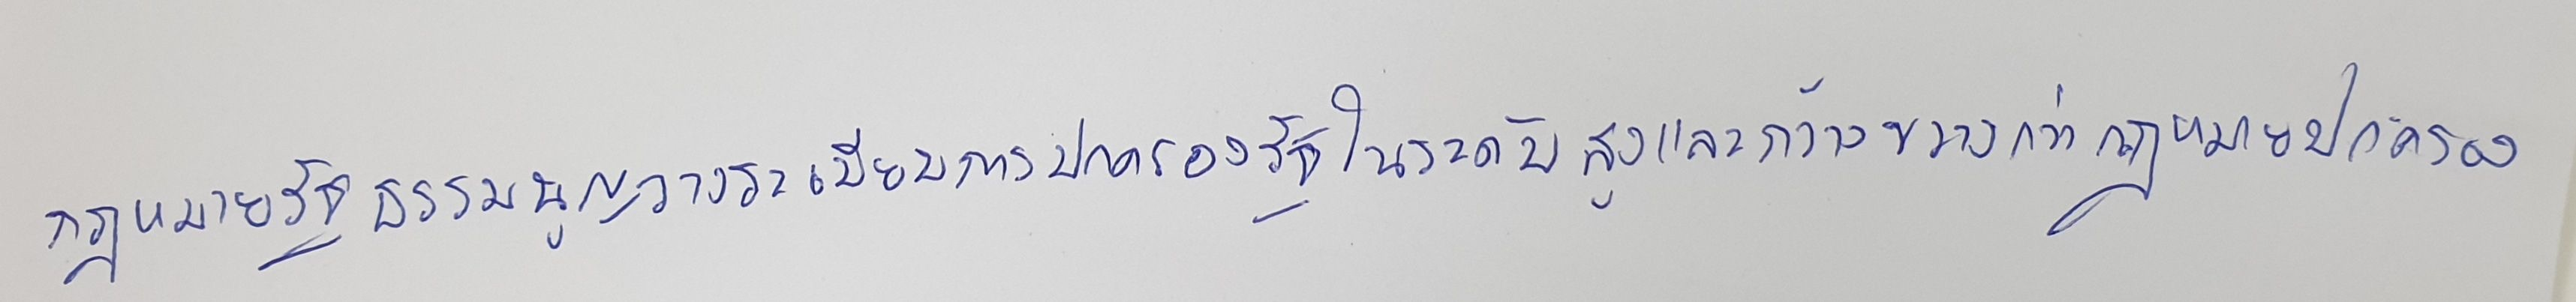
กฎหมายรัฐธรรมนูญวางระเบียบการปกครองรัฐในระดับสูงและกว้างขวางกว่ากฎหมายปกครอง